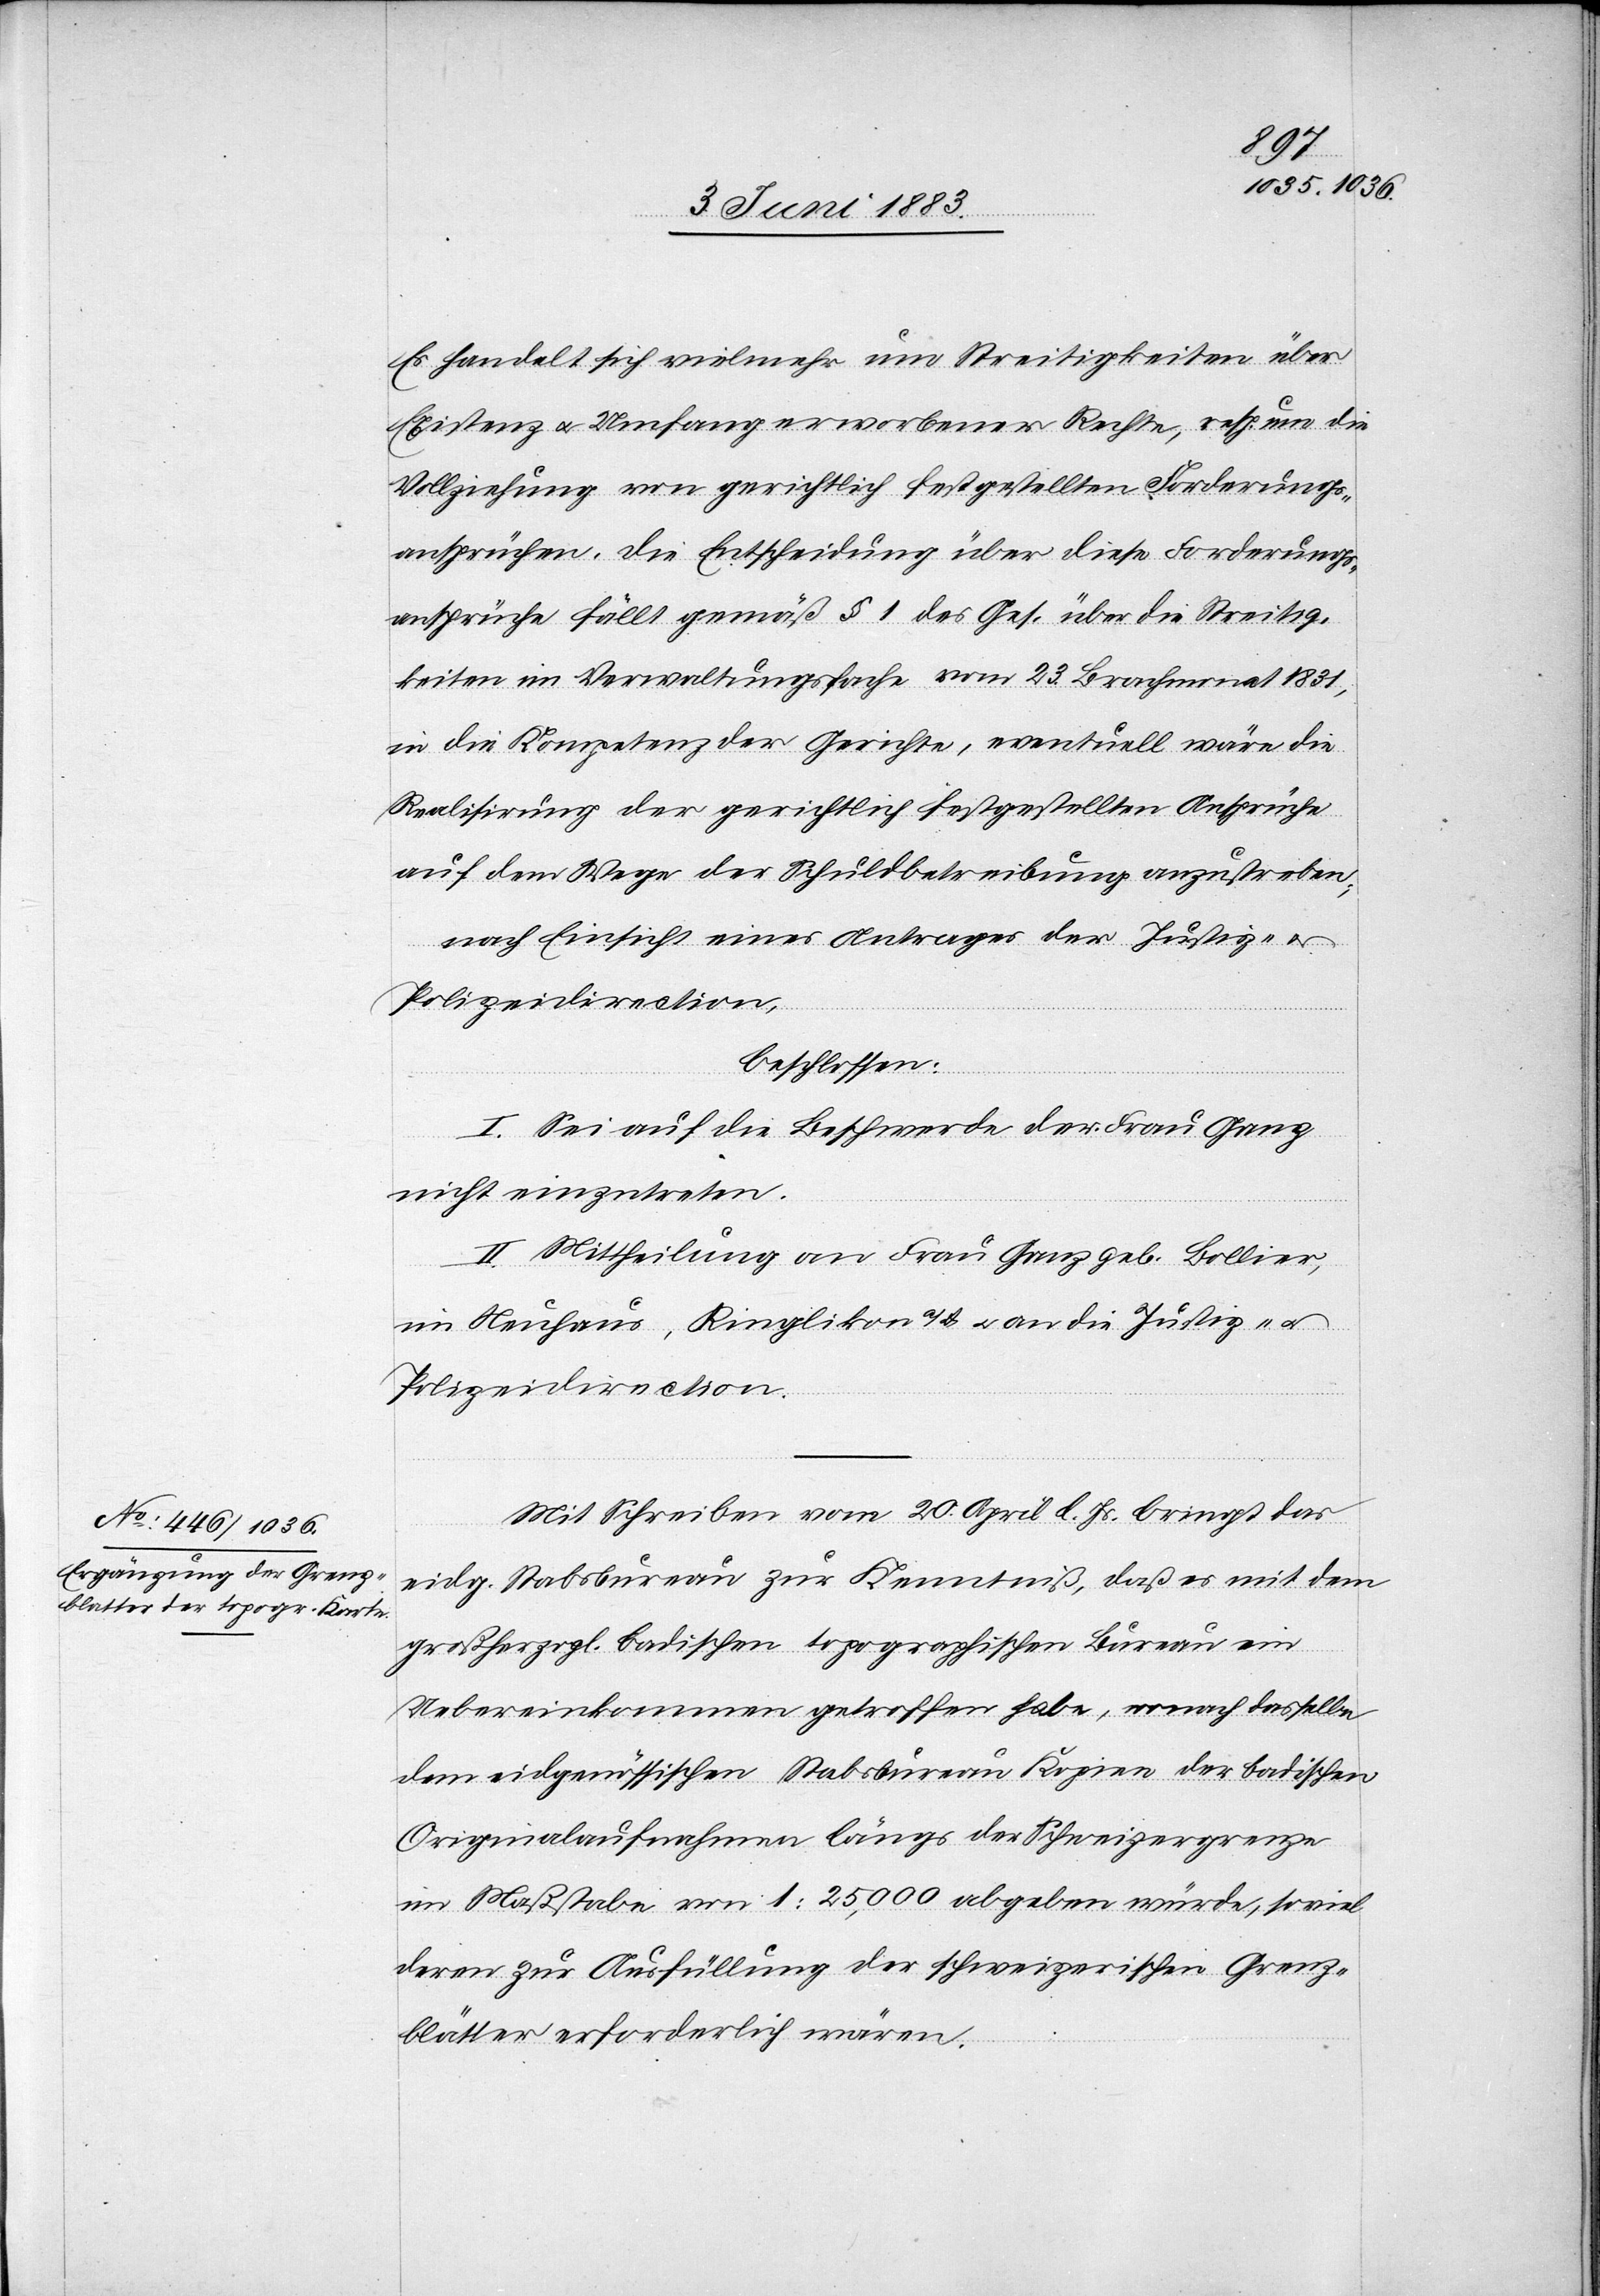
Es handelt sich vielmehr um Streitigkeiten über
Existenz u. Umfang erworbener Rechte, resp. um die
Vollziehung von gerichtlich festgestellten Forderungs¬
ansprüchen. Die Entscheidung über diese Forderungs¬
ansprüche fällt gemäß § 1 des Ges. über die Streitig¬
keiten im Verwaltungsfache [sic!] vom 23. Brachmonat 1831,
in die Kompetenz der Gerichte, eventuell wäre die
Realisirung der gerichtlich festgestellten Ansprüche
auf dem Wege der Schuldbetreibung anzustreben;
nach Einsicht eines Antrages der Justiz- u.
Polizeidirection,
beschlossen:
I. Sei auf die Beschwerde der Frau Ganz
nicht einzutreten.
II. Mittheilung an Frau Ganz geb. Bollier,
im Neuhaus, Ringlikon a/A. u. an die Justiz- u.
Polizeidirection.
Mit Schreiben vom 20. April l. Js. bringt das
eidg. Stabsbureau zur Kenntniß, daß es mit dem
großherzögl. badischen topographischen Bureau ein
Uebereinkommen getroffen habe, wonach dasselbe
dem eidgenössischen Stabsbureau Kopien der badischen
Originalaufnahmen längs der Schweizergrenze
im Maßstabe von 1 : 25,000 abgeben würde, soviel
deren zur Ausfüllung der schweizerischen Grenz¬
blätter erforderlich wären.